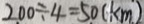
2 0 0 \div 4 = 5 0 ( k m )